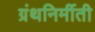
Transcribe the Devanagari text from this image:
ग्रंथनिर्मीती